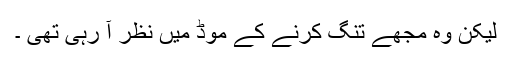
لیکن وہ مجھے تنگ کرنے کے موڈ میں نظر آ رہی تھی ۔